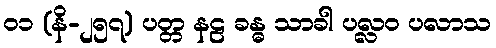
၀၁ (နိ-၂၅၇) ပတ္တ နဠ ခန္ဓ သာခါ ပလ္လဝ ပလာသ